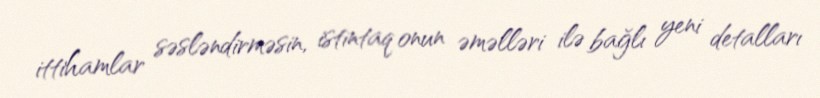
ittihamlar səsləndirməsin, istintaq onun əməlləri ilə bağlı yeni detalları